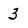
Character: 3